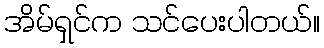
အိမ်ရှင်က သင်ပေးပါတယ်။